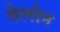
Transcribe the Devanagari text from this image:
वेलोन